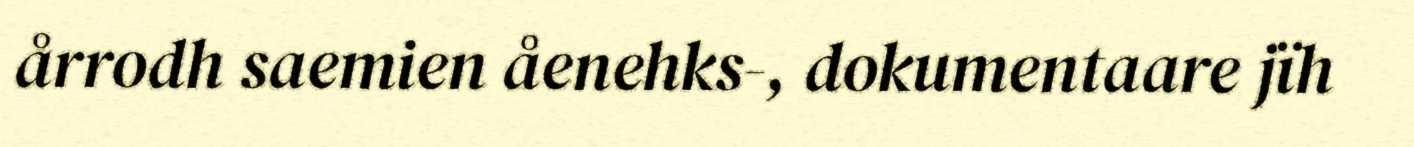
årrodh saemien åenehks-, dokumentaare jïh